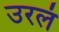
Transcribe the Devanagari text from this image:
उरलं